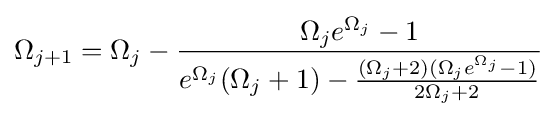
\Omega _{j+1}=\Omega _{j}-{\frac {\Omega _{j}e^{\Omega _{j}}-1}{e^{\Omega _{j}}(\Omega _{j}+1)-{\frac {(\Omega _{j}+2)(\Omega _{j}e^{\Omega _{j}}-1)}{2\Omega _{j}+2}}}}